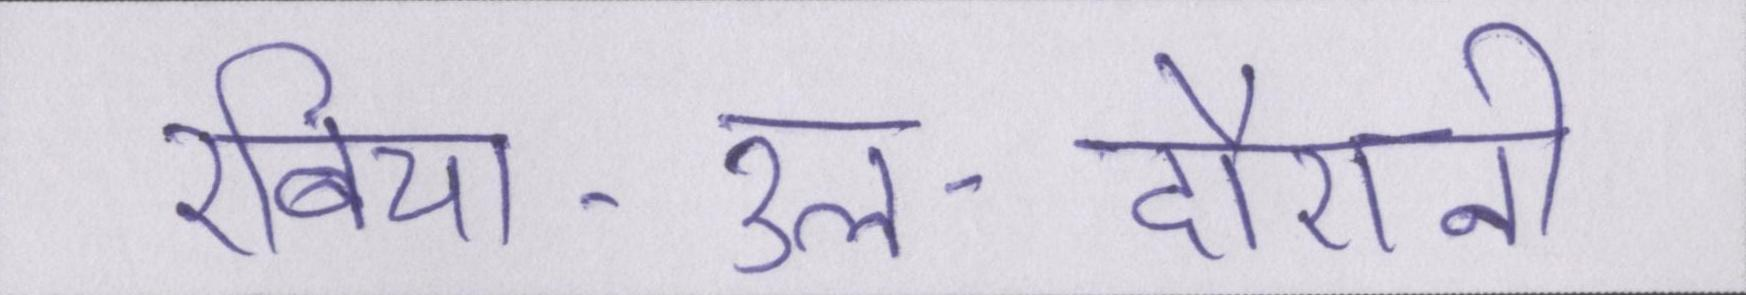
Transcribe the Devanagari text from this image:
रबिया-उल-दौरानी